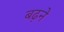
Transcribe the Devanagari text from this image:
बढ़़ने